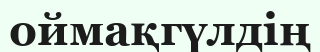
оймақгүлдің